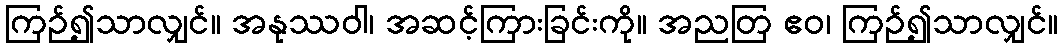
ကြဉ်၍သာလျှင်။ အနုဿဝါ၊ အဆင့်ကြားခြင်းကို။ အညတြ ဧဝ၊ ကြဉ်၍သာလျှင်။